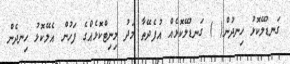
ގަނޑުލޭކޮޅު ހިނދުން( ) ގަނޑުލޭކޮޅެއް އުފެދޭތާ މަދު މިނިޓްކޮޅެއްގެ ފަހުން އެލޭކޮޅު ހިނދެން